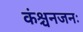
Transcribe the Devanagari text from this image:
कंश्चनजनः